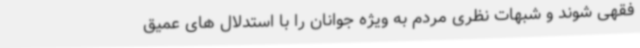
فقهی شوند و شبهات نظری مردم به ویژه جوانان را با استدلال های عمیق